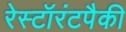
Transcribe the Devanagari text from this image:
रेस्टॉरंटपैकी